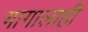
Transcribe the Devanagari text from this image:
भागालाही